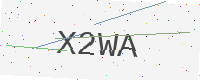
Text: X2WA